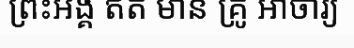
ព្រះអង្គ ឥត មាន គ្រូ អាចារ្យ